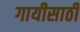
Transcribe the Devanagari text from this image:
गायीसाठी